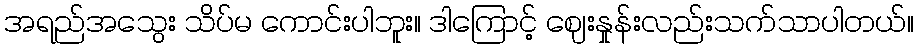
အရည်အသွေး သိပ်မ ကောင်းပါဘူး။ ဒါကြောင့် ဈေးနှုန်းလည်းသက်သာပါတယ်။